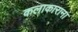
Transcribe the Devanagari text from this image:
कलाकाराना